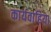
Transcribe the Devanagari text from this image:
कार्यवाहिया